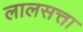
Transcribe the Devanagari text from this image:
लालसत्ता